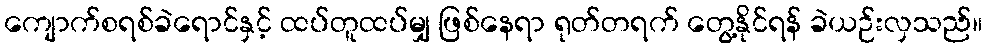
ကျောက်စရစ်ခဲရောင်နှင့် ထပ်တူထပ်မျှ ဖြစ်နေရာ ရုတ်တရက် တွေ့နိုင်ရန် ခဲယဉ်းလှသည်။